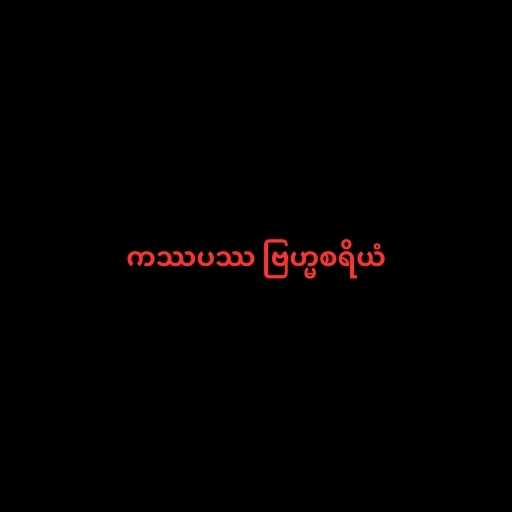
ကဿပဿ ဗြဟ္မစရိယံ